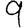
Digit: 9